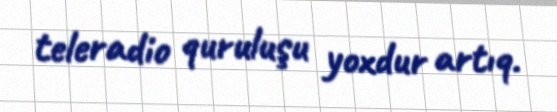
teleradio quruluşu yoxdur artıq.